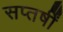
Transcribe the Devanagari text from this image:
सप्तर्षीं